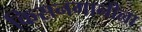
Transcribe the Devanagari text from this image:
किसनगानीला